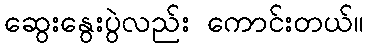
ဆွေးနွေးပွဲလည်း ကောင်းတယ်။